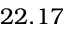
2 2 . 1 7